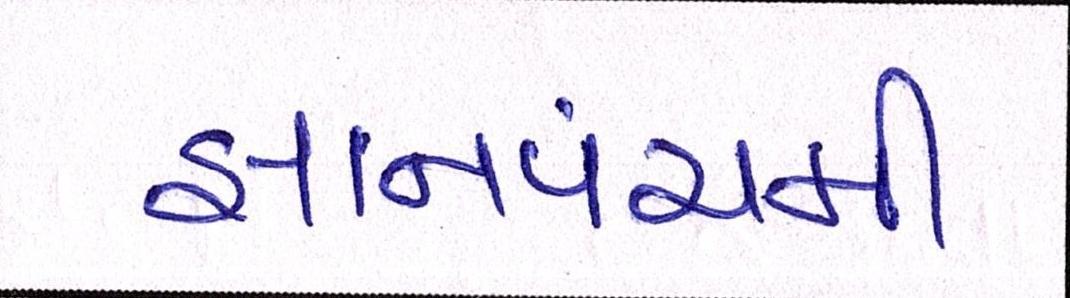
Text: જ્ઞાનપંચમી